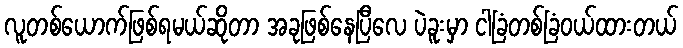
လူတစ်ယောက်ဖြစ်ရမယ်ဆိုတာ အခုဖြစ်နေပြီလေ ပဲခူးမှာ ငါခြံတစ်ခြံဝယ်ထားတယ်